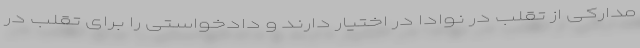
مدارکی از تقلب در نوادا در اختیار دارند و دادخواستی را برای تقلب در